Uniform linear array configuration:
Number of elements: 12
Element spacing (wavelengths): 0.25
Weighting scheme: blackman
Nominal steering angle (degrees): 60
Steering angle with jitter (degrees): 59.158
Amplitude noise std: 0.05
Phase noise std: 0.05

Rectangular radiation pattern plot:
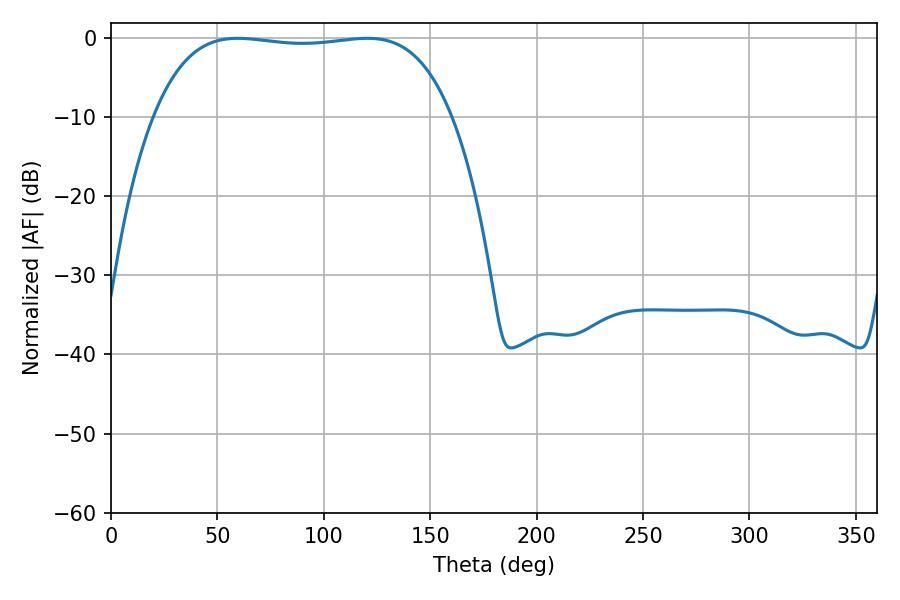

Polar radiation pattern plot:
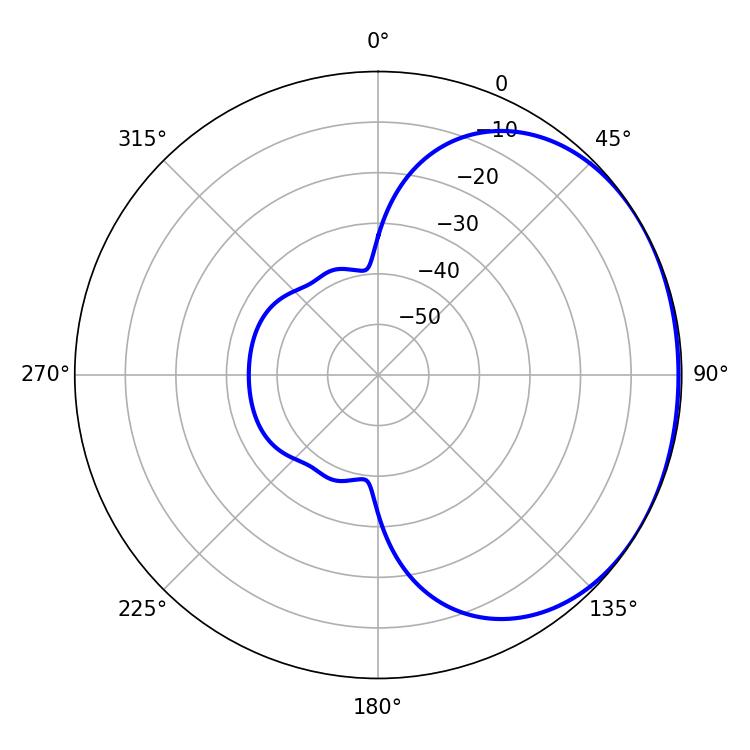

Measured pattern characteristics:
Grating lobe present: FALSE
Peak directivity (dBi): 1.109
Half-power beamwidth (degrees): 110.88
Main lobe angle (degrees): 59.58